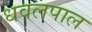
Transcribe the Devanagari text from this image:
धवलपाल